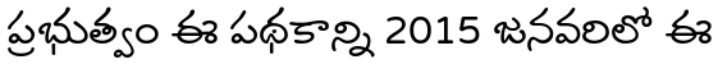
ప్రభుత్వం ఈ పథకాన్ని 2015 జనవరిలో ఈ